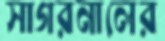
সাগরনালের